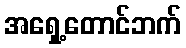
အရှေ့တောင်ဘက်